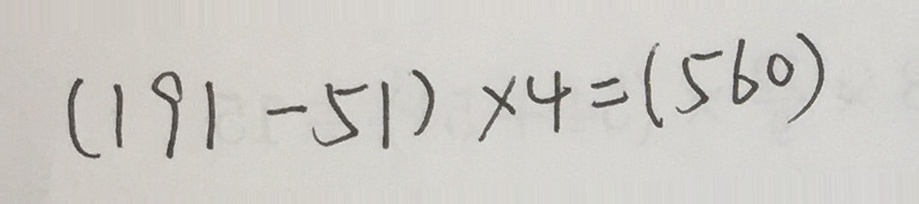
( 1 9 1 - 5 1 ) \times 4 = ( 5 6 0 )